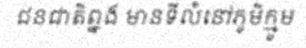
ជនជាតិព្នង មានទីលំនៅភូមិក្មូម